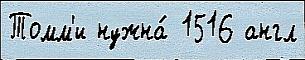
Томм'и нужна́ 1516 англ